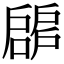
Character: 𢩝